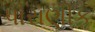
પૌરાણીક